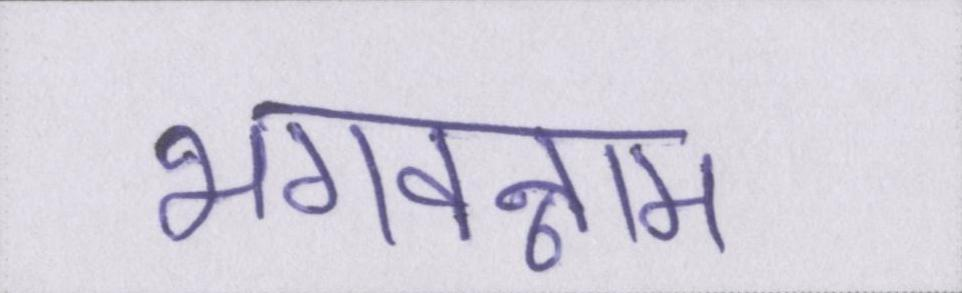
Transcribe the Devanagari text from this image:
भगवन्नाम